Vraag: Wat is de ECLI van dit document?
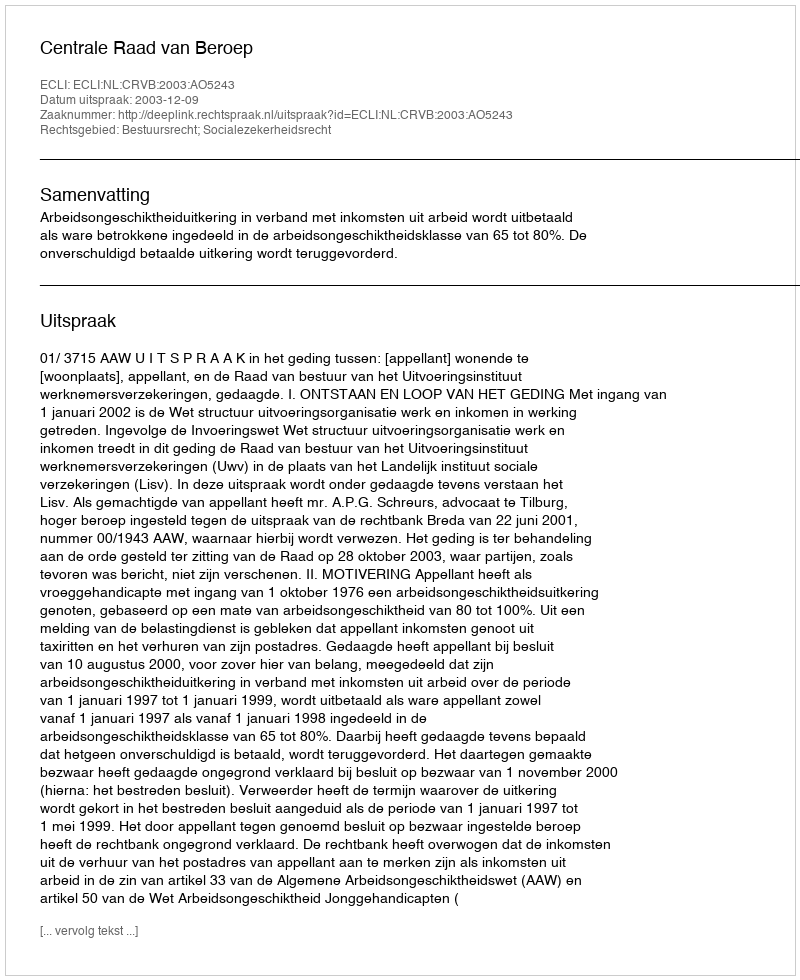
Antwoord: ECLI:NL:CRVB:2003:AO5243